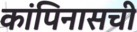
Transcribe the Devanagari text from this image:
कांपिनासची